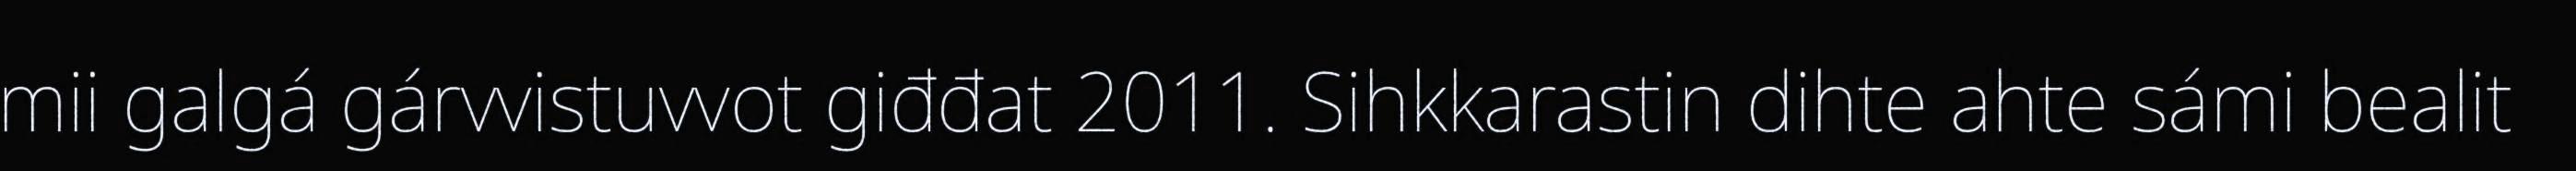
mii galgá gárvvistuvvot giđđat 2011. Sihkkarastin dihte ahte sámi bealit